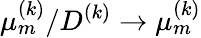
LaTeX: \mu_{m}^{(k)}/D^{(k)}\to\mu_{m}^{(k)}